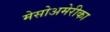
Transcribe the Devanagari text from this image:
मेसोअमेरीका